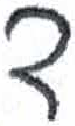
אות: ד